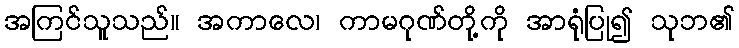
အကြင်သူသည်။ အကာလေ၊ ကာမဂုဏ်တို့ကို အာရုံပြု၍ သုဘ၏